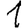
Digit: 1